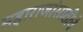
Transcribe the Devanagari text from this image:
महाराजांसाठीचे